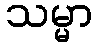
သမ္မာ